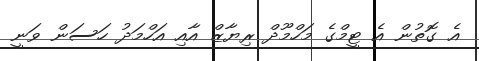
އެ ގޮތުން އެ ޓީމްގެ މަހްމޫދް ރިޔާޒް އާއި އަހްމަދު ހަސަން ވަނީ